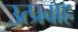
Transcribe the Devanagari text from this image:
उत्प्रवाह